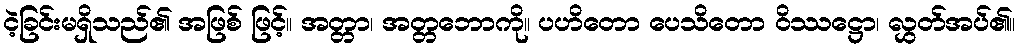
ငဲ့ခြင်းမရှိသည်၏ အဖြစ် ဖြင့်။ အတ္တာ၊ အတ္တဘောကို။ ပဟိတော ပေသိတော ဝိဿဋ္ဌော၊ လွှတ်အပ်၏။